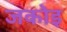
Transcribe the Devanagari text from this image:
जकोइ